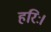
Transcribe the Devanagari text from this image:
हरिः।